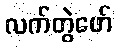
လက်တွဲဖော်